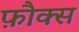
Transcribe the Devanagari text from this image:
फ़ौक्स